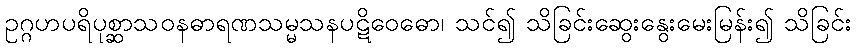
ဥဂ္ဂဟပရိပုစ္ဆာသဝနဓာရဏသမ္မသနပဋိဝေဓော၊ သင်၍ သိခြင်းဆွေးနွေးမေးမြန်း၍ သိခြင်း